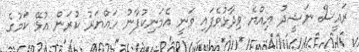
ރައީސް ނަޝީދު އިއްޔެ ވިދާޅުވެފައި ވަނީ އެމަނިކުފާނު ހައްޔަރު ކުރަން އުޅޭ ކަމުގެ